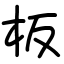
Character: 板